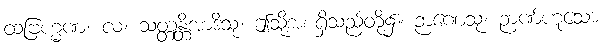
ထဗြဟ္မဏံ၊ လ၊ သတ္တန္တိအာဒိသု၊ ဤသို့အစရှိသည်တို့၌။ ဉာဏေသု၊ ဉာဏ်ဟူသော